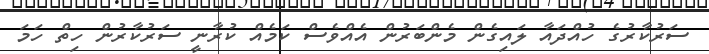
ސަރުކާރުގެ ހުއްދައާ ލައިގެން މެންބަރުން އެއްވެސް ކަމެއް ކުރާނީ ސަރުކާރުން ހިތް ހަމަ